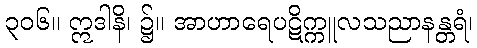
၃၀၆။ ဣဒါနိ၊ ၌။ အာဟာရေပဋိက္ကူလသညာနန္တရံ၊